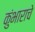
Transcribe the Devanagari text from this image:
कुंभाराचे